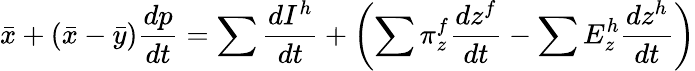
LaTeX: {\bar{x}}+\left({\bar{x}}-{\bar{y}}\right){\frac{dp}{dt}}=\sum{\frac{dI^{h}}{dt}}+\left(\sum\pi_{z}^{f}{\frac{dz^{f}}{dt}}-\sum E_{z}^{h}{\frac{dz^{h}}{dt}}\right)